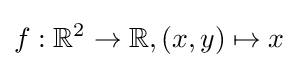
f:\mathbb {R} ^{2}\rightarrow \mathbb {R} ,(x,y)\mapsto x